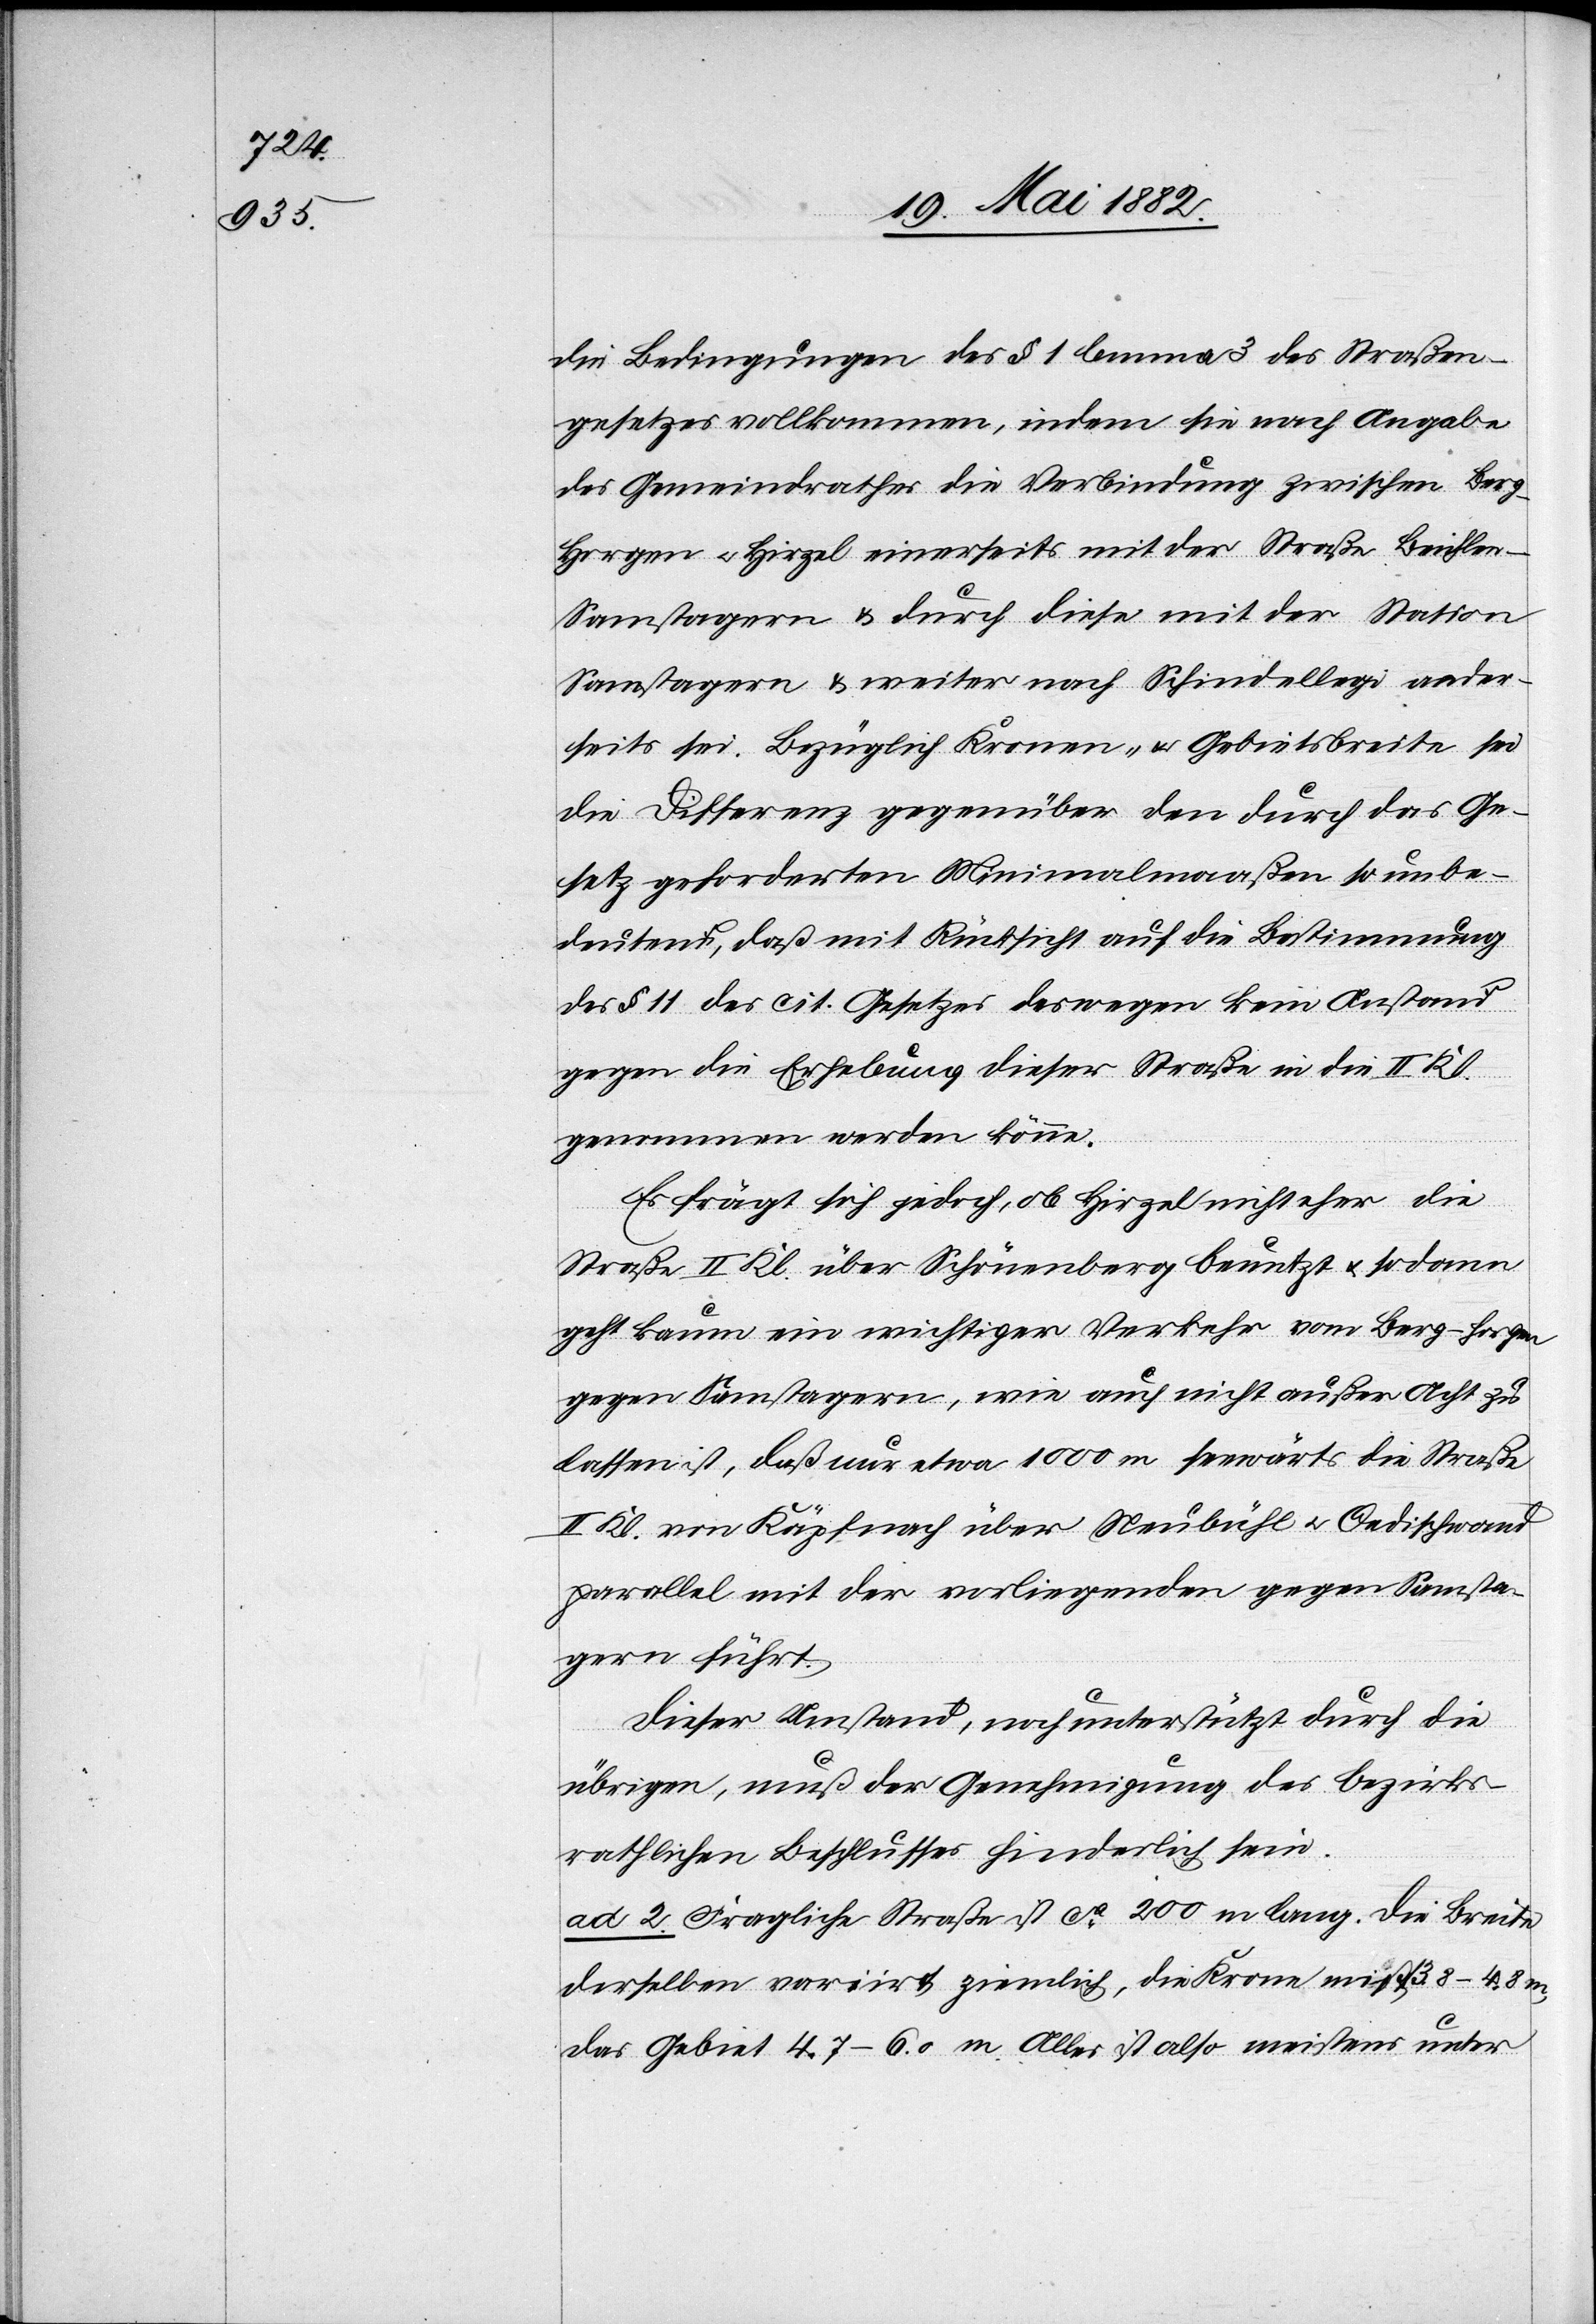
c!]–S¬

die Bedingungen des § 1 lemma 3 des Straßen¬
gesetzes vollkommen, indem sie nach Angabe
des Gemeindrathes die Verbindung zwischen Ber¬
g-Horgen u. Hirzel einerseits mit der Straße Beichlen
amstagern & durch diese mit der Station
Samstagern & weiter nach Schindellegi ander¬
seits sei. Bezüglich Kronen- u. Gebietsbreite sei
die Differenz gegenüber den durch das Ge¬
setz geforderten Minimalmaaßen so unbe¬
deutend, daß mit Rücksicht auf die Bestimmung
des § 11 des cit. Gesetzes deswegen kein Anstand
gegen die Erhebung dieser Straße in die II.
genommen werden könne.
Es frägt sich jedoch, ob Hirzel nicht eher die
Kl.
Straße II. Kl. über Schönenberg benutzt u. sodann
geht kaum ein wichtiger Verkehr vom Berg - Horgen
gegen Samstagern, wie auch nicht außer Acht zu
lassen ist, daß nur etwa 1000 m seewärts die Straße
II. Kl. von Käpfnach über Neubühl u. Oedischwand
parallel mit der vorliegenden gegen Samsta¬
gern führt.
Dieser Umstand, noch unterstützt durch die
übrigen, muß der Genehmigung des bezirks¬
räthlichen Beschlusses hinderlich sein.
ad 2. Fragliche Straße ist ca 200 m lang. Die Breite
derselben variirt [sic!] ziemlich, die Krone mißt 3.8–4.8
das Gebiet 4.7–6.0 m. Alles ist also meistens unter